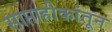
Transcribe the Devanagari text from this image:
साप्ताहीकांतून